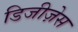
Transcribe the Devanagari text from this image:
डिजीज़ेस